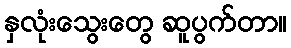
နှလုံးသွေးတွေ ဆူပွက်တာ။